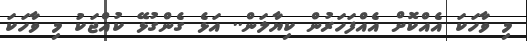
މި ވާހަކަ އެއްކޮށް އެއްފަހަރުން ކިޔާލަން.. އަޅެ ގެންގުޅޭ ކުއްޖަކު މި ވާހަކަ